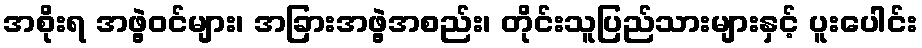
အစိုးရ အဖွဲ့ဝင်များ၊ အခြားအဖွဲ့အစည်း၊ တိုင်းသူပြည်သားများနှင့် ပူးပေါင်း